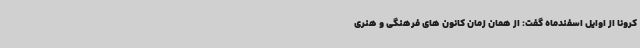
کرونا از اوایل اسفندماه گفت: از همان زمان کانون های فرهنگی و هنری